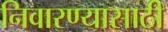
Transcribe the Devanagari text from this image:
निवारण्यासाठी